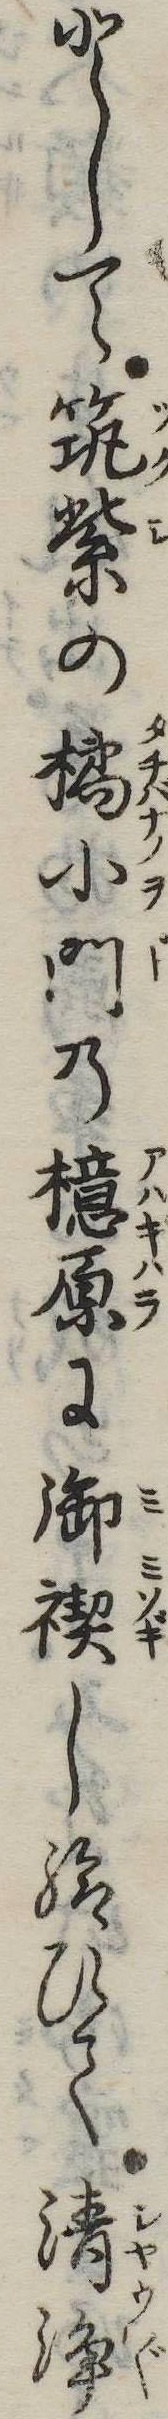
として筑紫の橘小門の檍原に御禊し給ひて清浄